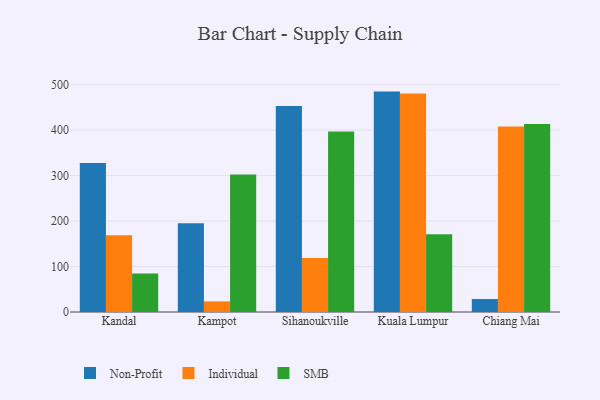
{"axis": {"x": "City", "y": "Energy Usage (MWh)"}, "legend": ["Individual", "Non-Profit", "SMB"], "data": [{"x": "Kandal", "y": 327.5, "type": "Non-Profit"}, {"x": "Kandal", "y": 168.9, "type": "Individual"}, {"x": "Kandal", "y": 84.9, "type": "SMB"}, {"x": "Kampot", "y": 195.2, "type": "Non-Profit"}, {"x": "Kampot", "y": 23.3, "type": "Individual"}, {"x": "Kampot", "y": 302.3, "type": "SMB"}, {"x": "Sihanoukville", "y": 452.8, "type": "Non-Profit"}, {"x": "Sihanoukville", "y": 119.0, "type": "Individual"}, {"x": "Sihanoukville", "y": 396.8, "type": "SMB"}, {"x": "Kuala Lumpur", "y": 484.6, "type": "Non-Profit"}, {"x": "Kuala Lumpur", "y": 480.6, "type": "Individual"}, {"x": "Kuala Lumpur", "y": 170.8, "type": "SMB"}, {"x": "Chiang Mai", "y": 28.5, "type": "Non-Profit"}, {"x": "Chiang Mai", "y": 407.6, "type": "Individual"}, {"x": "Chiang Mai", "y": 413.3, "type": "SMB"}]}